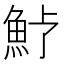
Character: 𩵿